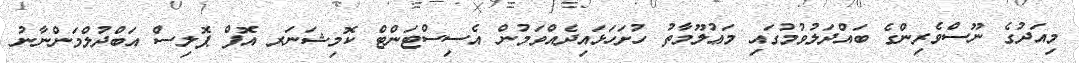
މިއަދުގެ ނޫސްވެރިންގެ ބައްދަލުވުމުގައި މަޢުލޫމާތު ހުށަހަޅައިދެއްވަމުން އެސިސްޓަންޓް ކޮމިޝަނަރ އޮފް ޕޮލިސް އަބްދުލްމަންނާނު